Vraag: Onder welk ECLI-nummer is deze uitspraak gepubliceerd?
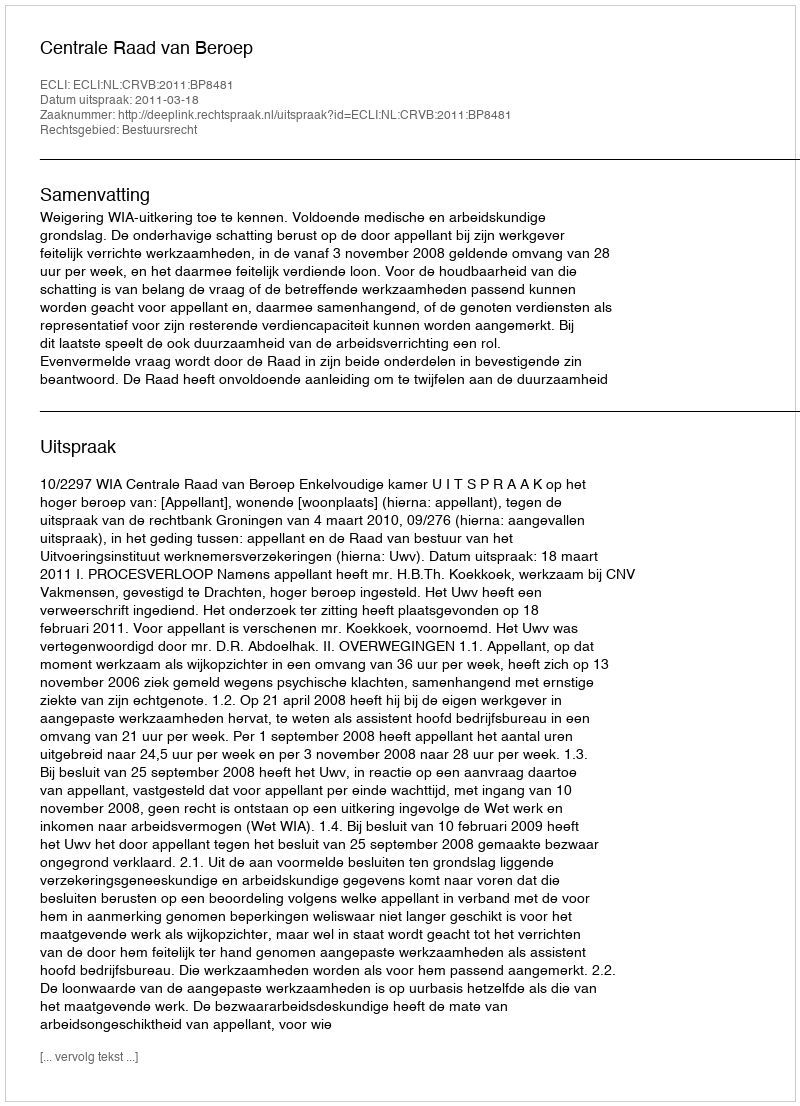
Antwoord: ECLI:NL:CRVB:2011:BP8481